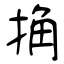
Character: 捔